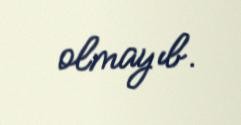
olmayıb.